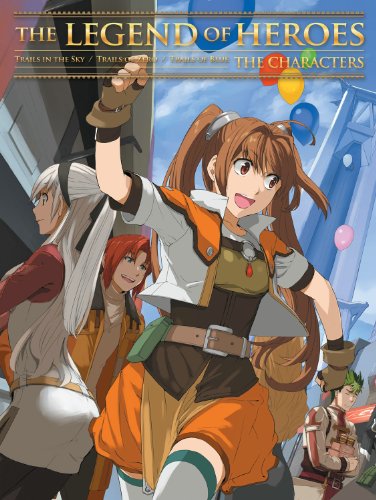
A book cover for The Legend of Heroes: The Characters (Legend of Heroes SC); Nihon Falcom; Science Fiction & Fantasy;